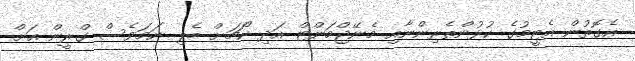
އެގޮތުން އެޓީމުގެ ކުޅުންތެރިންނާއި މެނޭޖްމަންޓް އަދި ކޯޗަށް ބެލި ނަމަވެސް ގްރީން އަށް